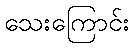
သေးကြောင်း